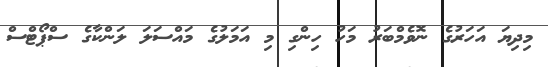
މިދިޔަ އަހަރުގެ ނޮވެމްބަރު މަހު ހިންގި މި އަމަލުގެ މައްސަލަ ލަންކާގެ ސްޕޯޓްސް